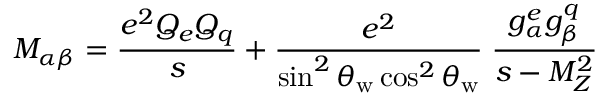
M _ { \alpha \beta } = \frac { e ^ { 2 } Q _ { e } Q _ { q } } { s } + \frac { e ^ { 2 } } { \sin ^ { 2 } \theta _ { \mathrm { w } } \cos ^ { 2 } \theta _ { \mathrm { w } } } \; \frac { g _ { \alpha } ^ { e } g _ { \beta } ^ { q } } { s - M _ { Z } ^ { 2 } }